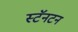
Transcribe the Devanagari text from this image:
स्टॅनटन